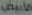
الأبيض